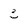
Character: 3